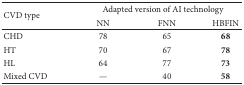
<table><thead><tr><td rowspan="2"><b>CVD type</b></td><td colspan="3"><b>Adapted version of AI technology</b></td></tr><tr><td><b>NN</b></td><td><b>FNN</b></td><td><b>HBFIN</b></td></tr></thead><tbody><tr><td>CHD</td><td>78</td><td>65</td><td><b>68</b></td></tr><tr><td>HT</td><td>70</td><td>67</td><td><b>78</b></td></tr><tr><td>HL</td><td>64</td><td>77</td><td><b>73</b></td></tr><tr><td>Mixed CVD</td><td>—</td><td>40</td><td><b>58</b></td></tr></tbody></table>